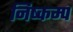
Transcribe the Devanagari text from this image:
निष्कम्प